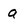
Character: a